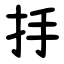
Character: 抙